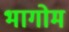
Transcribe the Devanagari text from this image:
भागोम